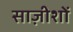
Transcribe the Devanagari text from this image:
साज़ीशों